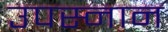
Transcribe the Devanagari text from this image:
उपस्नान